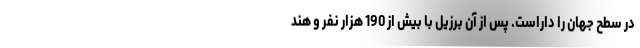
در سطح جهان را داراست. پس از آن برزیل با بیش از 190 هزار نفر و هند